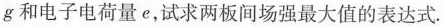
g和电子电荷量e，试求两板间场强最大值的表达式。